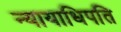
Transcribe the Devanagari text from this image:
न्यायाधिपति